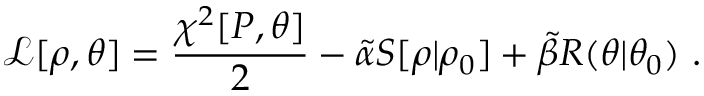
\mathcal { L } [ \rho , \theta ] = \frac { \chi ^ { 2 } [ P , \theta ] } { 2 } - \tilde { \alpha } S [ \rho | \rho _ { 0 } ] + \tilde { \beta } R ( \theta | \theta _ { 0 } ) ~ .